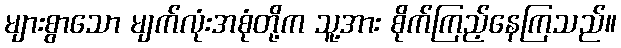
များစွာသော မျက်လုံးအစုံတို့က သူ့အား စိုက်ကြည့်နေကြသည်။